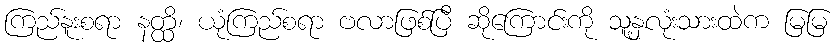
ကြည်နူးစရာ နတ္ထိ၊ ယုံကြည်စရာ ဗလာဖြစ်ပြီ ဆိုကြောင်းကို သူ့နှလုံးသားထဲက မြမြ